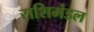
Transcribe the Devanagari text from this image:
राशिमंडल